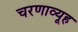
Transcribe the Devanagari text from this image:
चरणाव्यूह